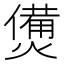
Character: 𤏛